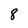
Character: 8